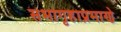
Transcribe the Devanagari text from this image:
सभागृहाप्रमाणे